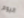
اليوم